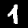
Digit: 4